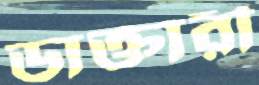
ডাক্তারী